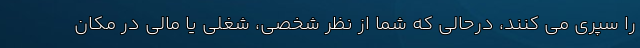
را سپری می کنند، درحالی که شما از نظر شخصی، شغلی یا مالی در مکان